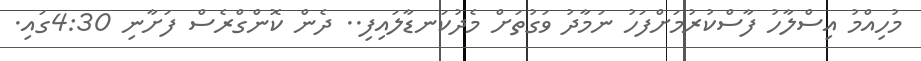
މުހިއްމު އިސްލާހު ފާސްކުރުމަށްފަހު ނަމާދު ވަގުތަށް މެދުކަނޑާލައިފި.. ދެން ކޮންގްރެސް ފަށާނި 4:30ގައި.